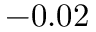
- 0 . 0 2